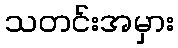
သတင်းအမှား